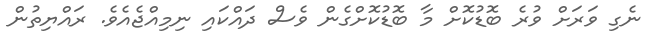
ނެގި ވަރަށް ވުރެ ބޮޑުކޮށް މާ ބޮޑުކޮށްގެން ވެސް ދައްކައި ނިމިއްޖެއެވެ. ރައްޔިތުން